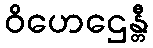
ဝိဟေဌေန္တီ